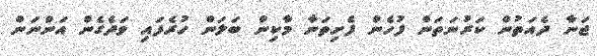
ޖަނާ ދެއަތުން ކަރުނަތަން ފުހެން ފެށިތަނާ މާކިން ބަލަން ހުރެފައި ވަދެގެން އަންނަން